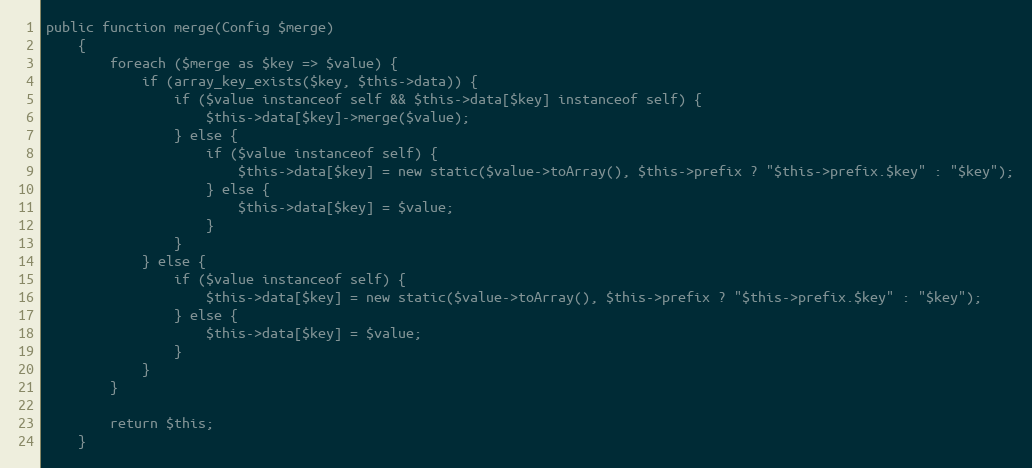
Language: PHP
public function merge(Config $merge)
    {
        foreach ($merge as $key => $value) {
            if (array_key_exists($key, $this->data)) {
                if ($value instanceof self && $this->data[$key] instanceof self) {
                    $this->data[$key]->merge($value);
                } else {
                    if ($value instanceof self) {
                        $this->data[$key] = new static($value->toArray(), $this->prefix ? "$this->prefix.$key" : "$key");
                    } else {
                        $this->data[$key] = $value;
                    }
                }
            } else {
                if ($value instanceof self) {
                    $this->data[$key] = new static($value->toArray(), $this->prefix ? "$this->prefix.$key" : "$key");
                } else {
                    $this->data[$key] = $value;
                }
            }
        }

        return $this;
    }